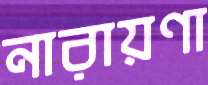
নারায়ণা